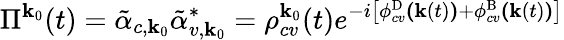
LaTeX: \Pi^{\textbf{k}_{0}}(t)=\tilde{\alpha}_{c,\textbf{k}_{0}}\tilde{\alpha}_{v,\textbf{k}_{0}}^{*}=\rho_{cv}^{\textbf{k}_{0}}(t)e^{-i\left[\phi_{cv}^{\mathrm{D}}\textbf{(}\textbf{k}(t)\textbf{)}+\phi_{cv}^{\mathrm{B}}\textbf{(}\textbf{k}(t)\textbf{)}\right]}